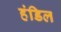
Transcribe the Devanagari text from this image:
हंडिल